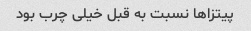
پیتزاها نسبت به قبل خیلی چرب بود